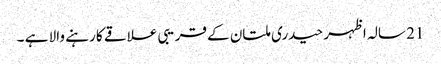
21 سالہ اظہر حیدری ملتان کے قریبی علاقے کا رہنے والا ہے ۔